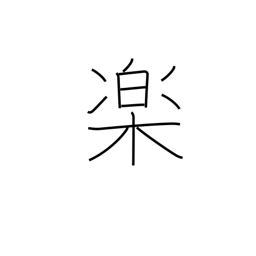
Meaning: comfort